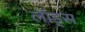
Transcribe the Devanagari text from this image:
लॉड्स